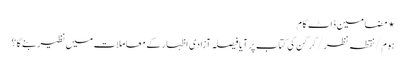
⋆ مضامین ڈاٹ کام
ہوم/نقطہ نظر/گرگن کی کتاب پر آیا فیصلہ آزادی اظہار کے معاملات میں نظیر بنے گا؟